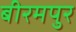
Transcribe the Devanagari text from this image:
बीरमपुर